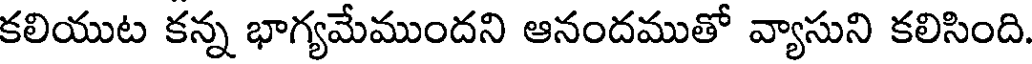
కలియుట కన్న భాగ్యమేముందని ఆనందముతో వ్యాసుని కలిసింది.